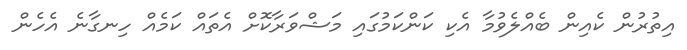
އިތުރުން ކެއިން ބެއްލެވުމާ އެކި ކަންކަމުގައި މަޝްވަރާކޮށް އެތައް ކަމެއް ހިނގާނެ އެހެން